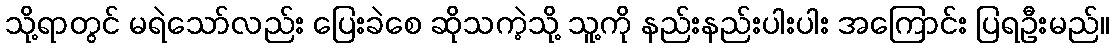
သို့ရာတွင် မရဲသော်လည်း ပြေးခဲစေ ဆိုသကဲ့သို့ သူ့ကို နည်းနည်းပါးပါး အကြောင်း ပြရဦးမည်။